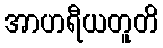
အာဟရီယတူတိ